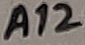
Text: A12